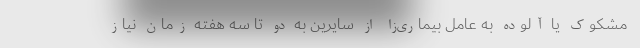
مشکوک یا آلوده به عامل بیماری‌زا از سایرین به دو تا سه هفته زمان نیاز